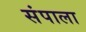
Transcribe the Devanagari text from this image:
संपाला